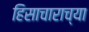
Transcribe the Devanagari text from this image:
हिसाचाराच्या